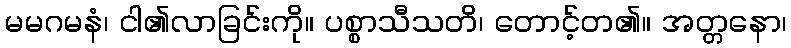
မမဂမနံ၊ ငါ၏လာခြင်းကို။ ပစ္စာသီသတိ၊ တောင့်တ၏။ အတ္တနော၊